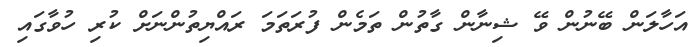
އަހާލަން ބޭނުން ވޭ ޝިނާން ގާތުން ތަމެން ފުރަތަމަ ރައްޔިތުންނަށް ކުރި ހުވާގައި